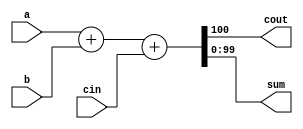
module top_module( 
    input [99:0] a, b,
    input cin,
    output cout,
    output [99:0] sum );
    
    reg [100:0] temp_a;
    assign temp_a = a;
    assign { cout, sum }  = { temp_a + b + cin };
endmodule